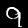
Label: 9